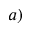
^ { a ) }